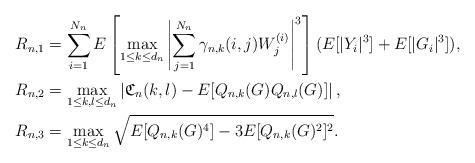
LaTeX: \begin{align*}R_{n,1}&=\sum_{i=1}^{N_n}E\left[\max_{1\leq k\leq d_n}\left|\sum_{j=1}^{N_n}\gamma_{n,k}(i,j)W^{(i)}_j\right|^3\right](E[|Y_i|^{3}]+E[|G_i|^3]),\\R_{n,2}&=\max_{1\leq k,l\leq d_n}\left|\mathfrak{C}_n(k,l)-E[Q_{n,k}(G)Q_{n,l}(G)]\right|,\\R_{n,3}&=\max_{1\leq k\leq d_n}\sqrt{E[Q_{n,k}(G)^4]-3E[Q_{n,k}(G)^2]^2}.\end{align*}